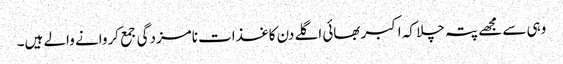
وہی سے مجھے پتہ چلا کہ اکبربھائی اگلے دن کاغذات نامزدگی جمع کروانے والے ہیں۔